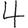
Digit: 4